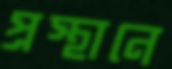
প্রস্থানে